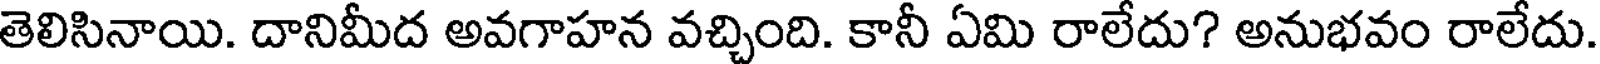
తెలిసినాయి. దానిమీద అవగాహన వచ్చింది. కానీ ఏమి రాలేదు? అనుభవం రాలేదు.